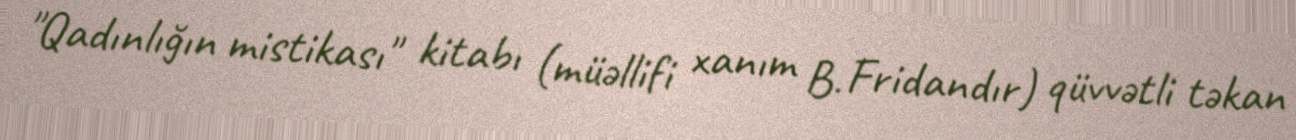
"Qadınlığın mistikası" kitabı (müəllifi xanım B. Fridandır) qüvvətli təkan